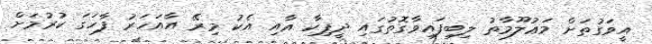
އީވަގުތަށް މަޢުލޫމާތު ލިބިފައިވާގޮތުގައި ދީޕިކާ އާއި އެކު މިރޭ އާއަހަރު ފާހަގަ ކުރުމަށް